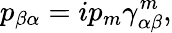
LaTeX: p_{\beta\alpha}=ip_{m}\gamma_{\alpha\beta}^{m},